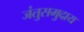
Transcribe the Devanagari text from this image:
जंतुसमुदाय